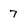
Character: 7